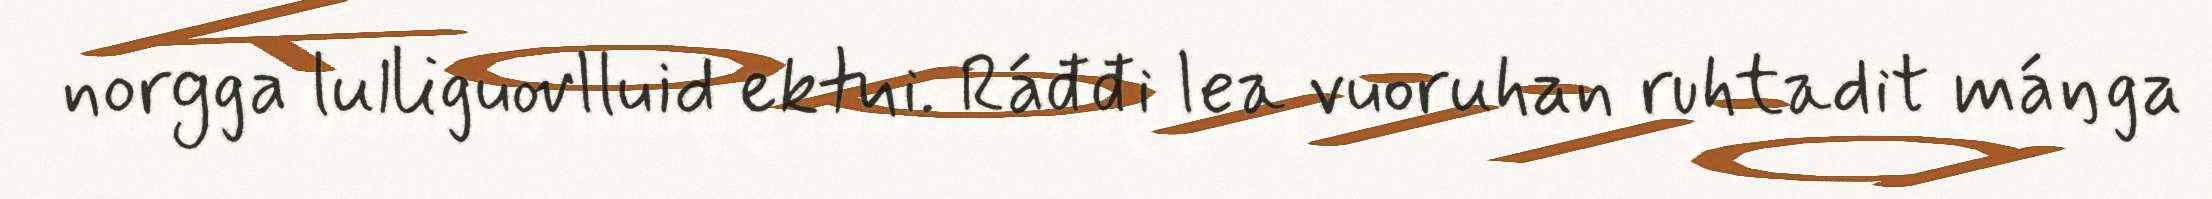
norgga lulliguovlluid ektui. Ráđđi lea vuoruhan ruhtadit máŋga